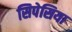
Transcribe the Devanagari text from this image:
सिपेसिया